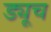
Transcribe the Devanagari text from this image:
ड्यूच